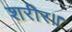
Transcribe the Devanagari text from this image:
शरीर॥